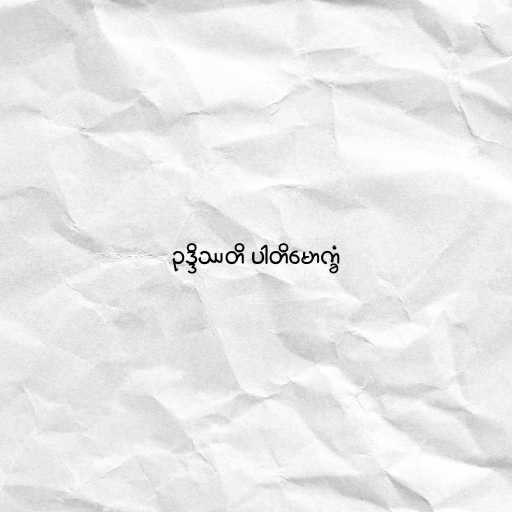
ဥဒ္ဒိဿတိ ပါတိမောက္ခံ